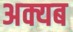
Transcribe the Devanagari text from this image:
अक्यब